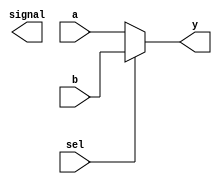
module mux2_1( sel, a, b, y, signal );
    parameter bitwidth=32;
    input sel;
    input  [bitwidth-1:0] a, b;
    output [bitwidth-1:0] y;
	
	output reg signal ;

    assign y = sel ? b : a;
	
	initial signal = 1'b0 ; 
	
	always @( sel ) 
	begin 
		signal = ~signal ; 
	end 
	
endmodule